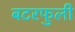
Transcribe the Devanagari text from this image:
बटरफुली